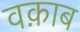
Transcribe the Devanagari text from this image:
वक़ाब